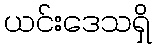
ယင်းဒေသရှိ